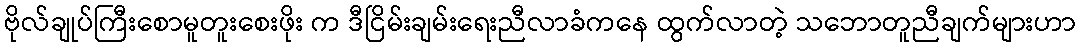
ဗိုလ်ချုပ်ကြီးစောမူတူးစေးဖိုး က ဒီငြိမ်းချမ်းရေးညီလာခံကနေ ထွက်လာတဲ့ သဘောတူညီချက်များဟာ